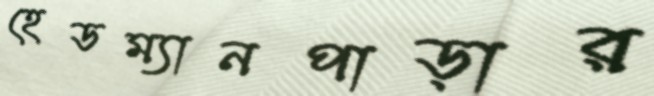
হেডম্যানপাড়ার